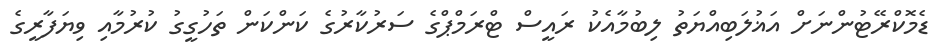
ޑެމޮކްރޭޓުންނަށް އަޣުލަބިއްޔަތު ލިބުމާއެކު ރައީސް ޓްރަމްޕްގެ ސަރުކާރުގެ ކަންކަން ތަހުގީގު ކުރުމާއި ވިޔަފާރީގެ